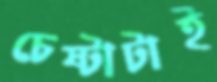
চেষ্টাটাই